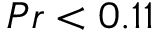
{ P r < 0 . 1 1 }